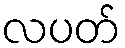
လပတ်